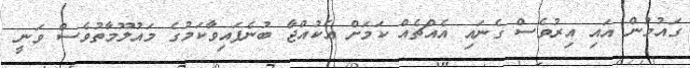
ގައުމުން އައި އިރުވެސް ގެނައި އެއްޗެއް ކަމަށް އެކުއްޖާ ބުނެފައިވާކަމުގެ މައުލޫމާތުވެސް ވަނީ